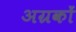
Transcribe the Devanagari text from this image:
अग्रकों